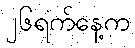
၂၆ရက်နေ့က